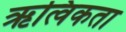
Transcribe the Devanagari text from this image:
ऋत्विकता